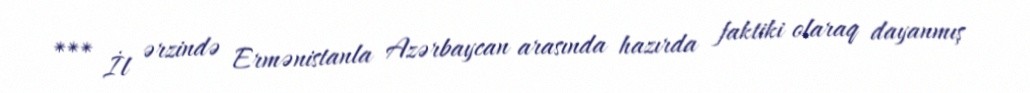
*** İl ərzində Ermənistanla Azərbaycan arasında hazırda faktiki olaraq dayanmış